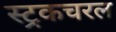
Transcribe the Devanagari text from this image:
स्ट्रकचरल